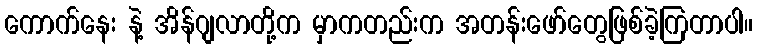
ကောက်နေး နဲ့ အိန်ဂျလာတို့က မှာကတည်းက အတန်းဖော်တွေဖြစ်ခဲ့ကြတာပါ။